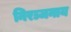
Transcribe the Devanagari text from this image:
निरञ्जनाय